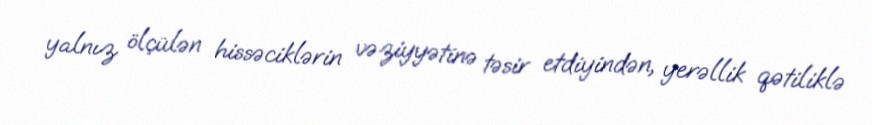
yalnız ölçülən hissəciklərin vəziyyətinə təsir etdiyindən, yerəllik qətiliklə